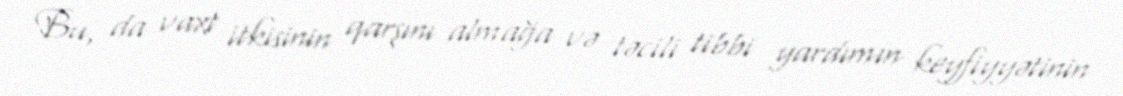
Bu, da vaxt itkisinin qarşını almağa və təcili tibbi yardımın keyfiyyətinin